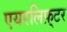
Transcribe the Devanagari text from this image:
एयरलिफ़्टर